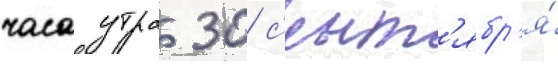
часа утра 30 с'ент'ябр'я́